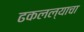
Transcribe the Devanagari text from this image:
ढकलल्याचा